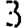
Digit: 3